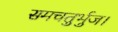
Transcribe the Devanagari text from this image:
समचतुर्भुज।